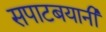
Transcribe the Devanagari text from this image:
सपाटबयानी